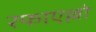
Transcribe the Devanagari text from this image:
रफाएल्लो